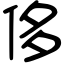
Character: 侈